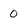
Character: 0